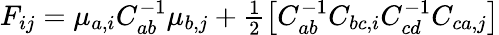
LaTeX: \begin{array}{r}{F_{ij}=\mu_{a,i}C_{ab}^{-1}\mu_{b,j}+\frac{1}{2}\left[C_{ab}^{-1}C_{bc,i}C_{cd}^{-1}C_{ca,j}\right]}\end{array}